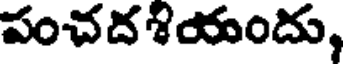
పంచదశయందు,